Report on sanitation, dispensaries, and jails in Rajputana for 1910, and on vaccination for the year 1910-1911 - 1910-1911
Year: 1910
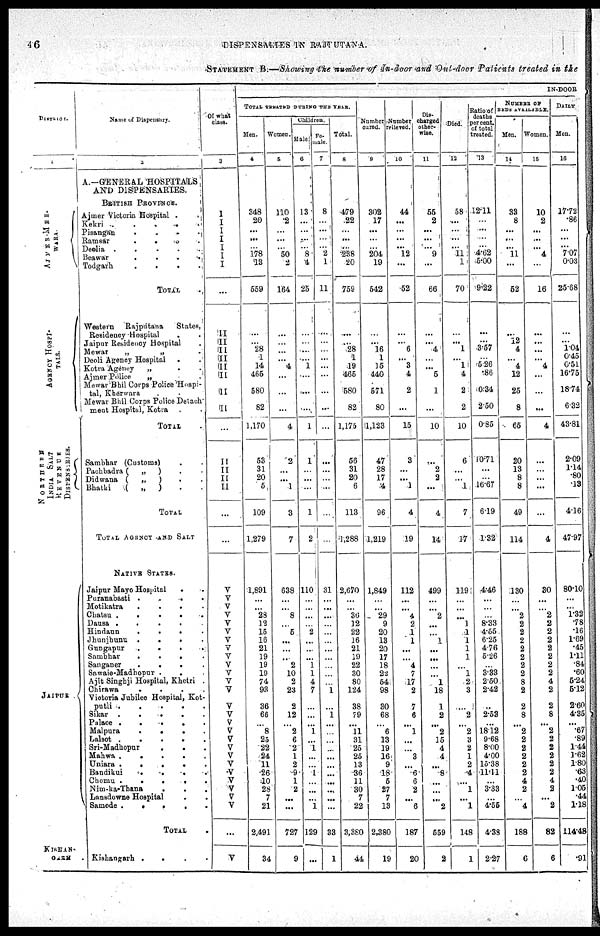
46
DISPENSARIES IN RAJPUTANA.
STATEMENT B—Showing the number of In-door and Out-door Patients treated in the
DISTRICT.
AJMER-MER-
WARA.
AGENCY HOSPI-
----.
NORTHERN
INDIA SALT
REVENUE
DISPENSARIES.
JAIPUR
.
KISHAN-
GARH .
Name of Dispensary.
2
A.—GENERAL HOSPITALS
AND DISPENSARIES.
BRITISH PROVINCE.
Ajmer Victoria Hospital . . . .
Kekri . . . . . .
Pisangan . . . . . . .
Ramsar . . . . . . . .
Deolia . . . . . . . . .
Beawar . . . . . . . .
Todgarh . . . . . . . .
TOTAL .
Western
Rajputana
States,
Residency Hospital . . . . . .
Jaipur Residency Hospital .
Mewar
„
„ .
Deoli Agency Hospital . .
Kotra Agency
„
.
.
Ajmer Police
„ . .
Mewar Bhil Corps Police Hospi-
tal, Kherwara . .
Mewar Bhil Corps Police Detach-
ment Hospital, Kotra . .
TOTAL .
Sambhar (Customs) . .
Pachbadra (
„
) . .
Didwana (
„
) . .
Bhatki
(
„
) . .
TOTAL
TOTAL AGENCY AND SALT
NATIVE STATES.
Jaipur Mayo Hospital . .
Puranabasti . . . .
Motikatra
.
.
.
.
Chatsu
.
.
.
.
.
Dausa
.
.
.
.
.
Hindaun
.
.
.
.
Jhunjhunu
.
.
.
.
Gungapur
.
.
.
.
Sambhar
.
.
.
.
Sanganer
.
.
.
.
Sawaie-Madhopur . . .
Ajit Singhji Hospital, Khetri .
Chirawa . . . .
Victoria Jubilee Hospital, Kot-
putli
.
.
.
.
.
Sikar
.
.
.
.
.
Palace
.
.
.
.
.
Malpura
.
.
.
.
Lalsot
.
.
.
.
.
Sri-Madhopur
.
.
.
Mahwa
.
.
.
.
.
Uniara
.
.
.
.
.
Bandikui
.
.
.
.
Chomu
.
.
.
.
.
Nim-ka-Thana . . .
Lansdowne Hospital . .
Samode
.
.
.
.
.
TOTAL .
Kishangarh . . . .
Of what
class.
3
I
I
I
I
I I
I
...
II
II
II
II
II
II
II
II
...
II
II
II
II
...
...
V
V
V
V
V
V
V
V
V
V
V
V
V
V
V
V
V
V
V
V
V
V
V
V
V
V
...
V
IN-DOOR
TOTAL TREATED DURING THE YEAR.
Men.
4
348
20
...
...
... 178
13
559
...
...
28
1
14
465
580
82
1,170
53
31
20
5
109
1,279
1,891
...
...
28
12
15
16
21
19
19
19
74
93
36
66
...
8
25
22
24
11
26
10
28
7
21
2,491
34
Women.
5
110
2
...
...
...
50
2
164
...
... ...
...
4
...
...
...
4
2
...
...
1
3
7
638
...
...
8
...
5
...
...
...
2
10
2
23
2
12
...
2
6
2
1
2
9
1
2
...
...
727
9
Children.
Male
6
13
...
...
...
...
8
4
25
...
... ...
...
1
...
...
...
1
1
...
...
...
1
2
110
...
...
...
...
2
...
...
...
1
1
4
7
...
...
...
1
...
1
...
...
1
...
...
...
1
129
...
Fe-
male.
7
8
...
...
...
...
2 1
11
...
...
...
...
...
...
...
...
...
...
...
...
...
...
...
31
...
...
...
...
...
...
...
...
...
...
...
1
...
1
...
...
...
...
...
...
...
...
...
...
...
33
1
Total.
8
479
22
...
...
...
238
20
759
...
...
28
1
19
465
580
82
1,175
56
31
20
6
113
1,288
2,670
...
...
36
12
22
16
21
19
22
30
80
124
38
79
...
11
31
25
25
13
36
11
30
7
22
3,380
44
Number
cured.
9
302
17
...
...
...
204
19
542
...
...
16
1
15
440
571
80
1,123
47
28
17
4
96
1,219
1,849
...
...
29
9
20
13
20
17
18
22
54
98
30
68
...
6
13
19
16
9
18
5
27
7
13
2,380
19
Number
relieved.
10
44
...
...
...
...
12
...
52
...
...
6
...
3
4
2
...
15
3
...
...
1
4
19
112
...
...
4
2
1
1
...
...
4
7
17
2
7
6
...
1
...
...
3
...
6
6
2
...
6
187
20
Dis-
charged
other-
wise.
11
55
2
...
...
...
9
...
66
...
...
4
...
...
5
1
...
10
...
2
2
...
4
14
499
...
...
2
...
...
1
...
...
...
...
1
18
1
2
...
2
15
4
4
...
8
...
...
...
2
559
2
Died.
12
58
...
...
...
...
11
1
70
...
... 1
... 1
4
2
2
10
6
...
...
1
7
17
119
...
...
...
1
1
1
1
1
...
1
2
3
...
2
...
2
3
2
1
2
4
...
1
...
1
148
1
Ratio of
deaths
per cent.
of total
treated.
13
12.11
...
...
...
... 4.62
5.00
9.22
...
...
3.57
... 5.26
.86
0.34
2.50
0.85
10.71
...
...
16.67
6.19
1.32
4.46
...
...
...
8.33
4.55
6.25
4.76
5.26
...
3.33
2.50
2.42
...
2.53
...
18.12
9.68
8.00
4.00
15.38
11.11
...
3.33
...
4.55
4.33
2.27
NUMBER OF
BEDS AVAILABLE.
Men.
14
33
8
...
...
...
11
...
52
...
12
4
...
4
12
25
8
65
20
13
8
8
49
114
130
...
...
2
2
2
2
2
2
2
2
8
2
2
8
...
2
2
2
2
2
2
4
2
...
4
188
6
Women.
15
10
2
...
...
...
4
...
16
...
...
...
...
4
...
...
...
4
...
...
...
...
...
4
30
...
...
2
2
2
2
2
2
2
2
4
2
2
8
...
2
2
2
2
2
2
4
2
...
2
82
6
DAILY
Men.
16
17.72
.86
...
...
...
7.07
0.03
25.68
...
...
1.04
0.45
0.51
16.75
18.74
6.32
43.81
2.09
1.14
.80
.13
4.16
47.97
80.10
...
...
1.32
.78
.16
1.69
.45
1.11
.84
.60
5.24
5.12
2.60
4.35
...
.67
.89
1.44
1.62
1.80
.63
.40
1.05
.44
1.18
114.48
.9